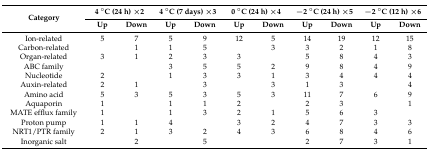
<table><thead><tr><td rowspan="2"><b>Category</b></td><td colspan="2"><b>4 °C (24 h) ×2</b></td><td colspan="2"><b>4 °C (7 days) ×3</b></td><td colspan="2"><b>0 °C (24 h) ×4</b></td><td colspan="2"><b>−2 °C (24 h) ×5</b></td><td colspan="2"><b>−2 °C (12 h) ×6</b></td></tr><tr><td><b>Up</b></td><td><b>Down</b></td><td><b>Up</b></td><td><b>Down</b></td><td><b>Up</b></td><td><b>Down</b></td><td><b>Up</b></td><td><b>Down</b></td><td><b>Up</b></td><td><b>Down</b></td></tr></thead><tbody><tr><td>Ion-related</td><td>5</td><td>7</td><td>5</td><td>9</td><td>12</td><td>5</td><td>14</td><td>19</td><td>12</td><td>15</td></tr><tr><td>Carbon-related</td><td></td><td>1</td><td>1</td><td>5</td><td></td><td>3</td><td>3</td><td>2</td><td>1</td><td>8</td></tr><tr><td>Organ-related</td><td>3</td><td>1</td><td>2</td><td>3</td><td>3</td><td></td><td>5</td><td>8</td><td>4</td><td>3</td></tr><tr><td>ABC family</td><td></td><td></td><td>3</td><td>5</td><td>5</td><td>2</td><td>9</td><td>8</td><td>4</td><td>9</td></tr><tr><td>Nucleotide</td><td>2</td><td></td><td>1</td><td>3</td><td>3</td><td>1</td><td>3</td><td>4</td><td>4</td><td>4</td></tr><tr><td>Auxin-related</td><td>2</td><td>1</td><td></td><td>3</td><td></td><td>3</td><td>1</td><td>3</td><td></td><td>4</td></tr><tr><td>Amino acid</td><td>5</td><td>3</td><td>5</td><td>3</td><td>5</td><td>3</td><td>11</td><td>7</td><td>6</td><td>9</td></tr><tr><td>Aquaporin</td><td>1</td><td></td><td>1</td><td>1</td><td>2</td><td></td><td>2</td><td>3</td><td></td><td>1</td></tr><tr><td>MATE efflux family</td><td>1</td><td></td><td>1</td><td>3</td><td>2</td><td>1</td><td>5</td><td>6</td><td>3</td><td></td></tr><tr><td>Proton pump</td><td>1</td><td>1</td><td>4</td><td></td><td>3</td><td>2</td><td>4</td><td>7</td><td>3</td><td>3</td></tr><tr><td>NRT1/PTR family</td><td>2</td><td>1</td><td>3</td><td>2</td><td>4</td><td>3</td><td>6</td><td>8</td><td>4</td><td>6</td></tr><tr><td>Inorganic salt</td><td></td><td>2</td><td></td><td>5</td><td></td><td></td><td>2</td><td>7</td><td>3</td><td>1</td></tr></tbody></table>